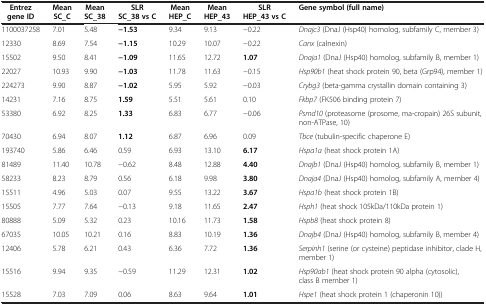
<table><thead><tr><td><b>Entrez gene ID</b></td><td><b>Mean SC_C</b></td><td><b>Mean SC_38</b></td><td><b>SLR SC_38 vs C</b></td><td><b>Mean HEP_C</b></td><td><b>Mean HEP_43</b></td><td><b>SLR HEP_43 vs C</b></td><td><b>Gene symbol (full name)</b></td></tr></thead><tbody><tr><td>1100037258</td><td>7.01</td><td>5.48</td><td><b>−1.53</b></td><td>9.34</td><td>9.13</td><td>−0.22</td><td><i>Dnajc3</i> (DnaJ (Hsp40) homolog, subfamily C, member 3)</td></tr><tr><td>12330</td><td>8.69</td><td>7.54</td><td><b>−1.15</b></td><td>10.29</td><td>10.07</td><td>−0.22</td><td><i>Canx</i> (calnexin)</td></tr><tr><td>15502</td><td>9.50</td><td>8.41</td><td><b>−1.09</b></td><td>11.65</td><td>12.72</td><td><b>1.07</b></td><td><i>Dnaja1</i> (DnaJ (Hsp40) homolog, subfamily B, member 1)</td></tr><tr><td>22027</td><td>10.93</td><td>9.90</td><td><b>−1.03</b></td><td>11.78</td><td>11.63</td><td>−0.15</td><td><i>Hsp90b1</i> (heat shock protein 90, beta (Grp94), member 1)</td></tr><tr><td>224273</td><td>9.90</td><td>8.87</td><td><b>−1.02</b></td><td>5.95</td><td>5.92</td><td>−0.03</td><td><i>Crybg3</i> (beta-gamma crystallin domain containing 3)</td></tr><tr><td>14231</td><td>7.16</td><td>8.75</td><td><b>1.59</b></td><td>5.51</td><td>5.61</td><td>0.10</td><td><i>Fkbp7</i> (FK506 binding protein 7)</td></tr><tr><td>53380</td><td>6.92</td><td>8.25</td><td><b>1.33</b></td><td>6.83</td><td>6.77</td><td>−0.06</td><td><i>Psmd10</i> (proteasome (prosome, ma-cropain) 26S subunit, non-ATPase, 10)</td></tr><tr><td>70430</td><td>6.94</td><td>8.07</td><td><b>1.12</b></td><td>6.87</td><td>6.96</td><td>0.09</td><td><i>Tbce</i> (tubulin-specific chaperone E)</td></tr><tr><td>193740</td><td>5.86</td><td>6.46</td><td>0.59</td><td>6.93</td><td>13.10</td><td><b>6.17</b></td><td><i>Hspa1a</i> (heat shock protein 1A)</td></tr><tr><td>81489</td><td>11.40</td><td>10.78</td><td>−0.62</td><td>8.48</td><td>12.88</td><td><b>4.40</b></td><td><i>Dnajb1</i> (DnaJ (Hsp40) homolog, subfamily B, member 1)</td></tr><tr><td>58233</td><td>8.23</td><td>8.79</td><td>0.56</td><td>6.18</td><td>9.98</td><td><b>3.80</b></td><td><i>Dnaja4</i> (DnaJ (Hsp40) homolog, subfamily A, member 4)</td></tr><tr><td>15511</td><td>4.96</td><td>5.03</td><td>0.07</td><td>9.55</td><td>13.22</td><td><b>3.67</b></td><td><i>Hspa1b</i> (heat shock protein 1B)</td></tr><tr><td>15505</td><td>7.77</td><td>7.64</td><td>−0.13</td><td>9.18</td><td>11.65</td><td><b>2.47</b></td><td><i>Hsph1</i> (heat shock 105kDa/110kDa protein 1)</td></tr><tr><td>80888</td><td>5.09</td><td>5.32</td><td>0.23</td><td>10.16</td><td>11.73</td><td><b>1.58</b></td><td><i>Hspb8</i> (heat shock protein 8)</td></tr><tr><td>67035</td><td>10.05</td><td>10.21</td><td>0.16</td><td>8.83</td><td>10.19</td><td><b>1.36</b></td><td><i>Dnajb4</i> (DnaJ (Hsp40) homolog, subfamily B, member 4)</td></tr><tr><td>12406</td><td>5.78</td><td>6.21</td><td>0.43</td><td>6.36</td><td>7.72</td><td><b>1.36</b></td><td><i>Serpinh1</i> (serine (or cysteine) peptidase inhibitor, clade H, member 1)</td></tr><tr><td>15516</td><td>9.94</td><td>9.35</td><td>−0.59</td><td>11.29</td><td>12.31</td><td><b>1.02</b></td><td><i>Hsp90ab1</i> (heat shock protein 90 alpha (cytosolic), class B member 1)</td></tr><tr><td>15528</td><td>7.03</td><td>7.09</td><td>0.06</td><td>8.63</td><td>9.64</td><td><b>1.01</b></td><td><i>Hspe1</i> (heat shock protein 1 (chaperonin 10))</td></tr></tbody></table>